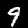
Digit: 9